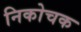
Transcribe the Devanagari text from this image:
निकोचक